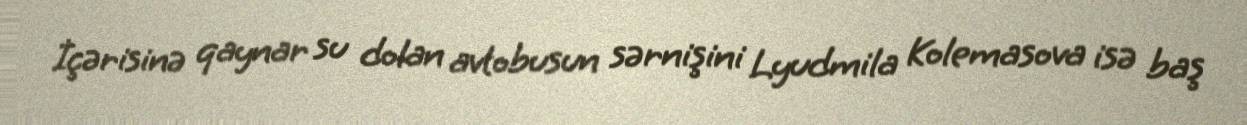
İçərisinə qaynar su dolan avtobusun sərnişini Lyudmila Kolemasova isə baş